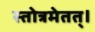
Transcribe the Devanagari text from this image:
स्तोत्रमेतत्।